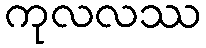
ကုလလဿ